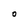
Character: 0